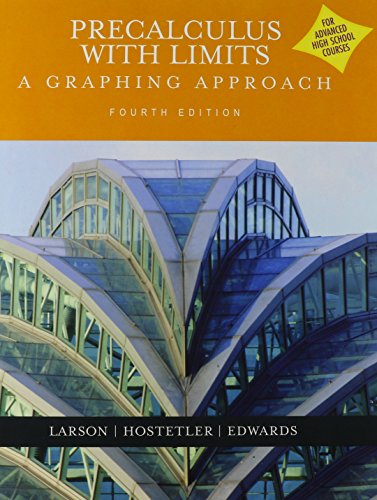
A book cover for Precalculus With Limits: A Graphing Approach (Advanced Placement Version); Ron Larson; Science & Math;